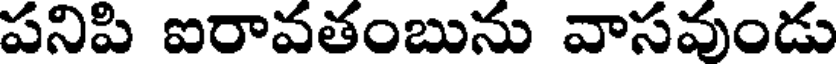
పనిపి ఐరావతంబును వాసవుండు